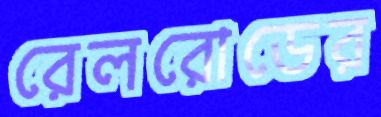
রেলরোডের